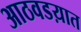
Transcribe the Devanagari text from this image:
आठवडय़ात